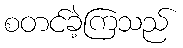
စတင်ခဲ့ကြသည်